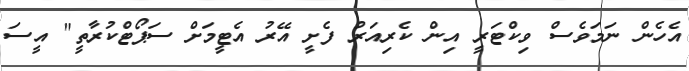
އެހެން ނަމަވެސް ވިކްޓަރީ އިން ކެރިއަރު ފެށީ އޭރު އެޓީމަށް ސަޕޯޓްކުރާތީ" އީސަ